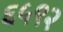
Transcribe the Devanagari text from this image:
६५९२